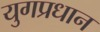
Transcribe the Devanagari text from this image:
युगप्रधान